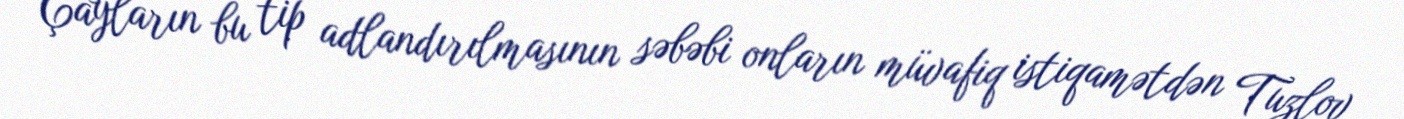
Çayların bu tip adlandırılmasının səbəbi onların müvafiq istiqamətdən Tuzlov